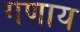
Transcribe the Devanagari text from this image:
गणाय